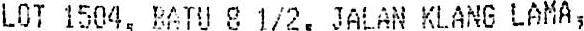
LOT 1504, BATU 8 1/2, JALAN KLANG LAMA,